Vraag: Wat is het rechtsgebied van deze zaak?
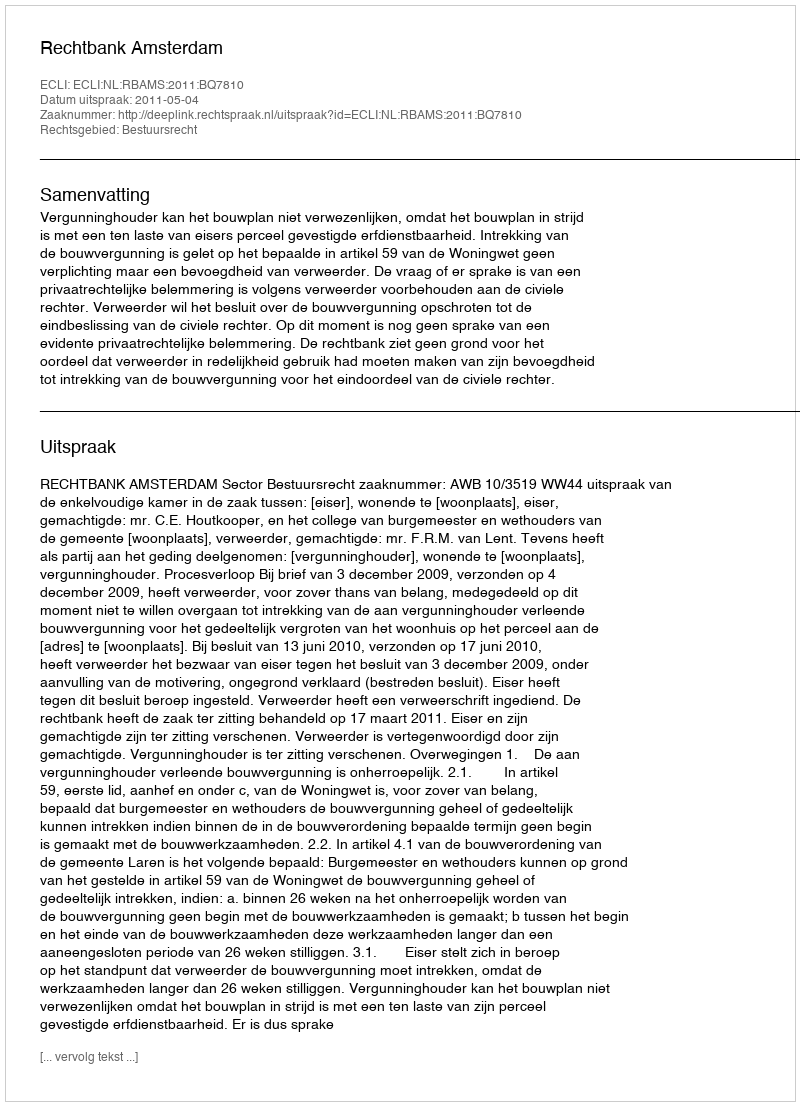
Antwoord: Bestuursrecht